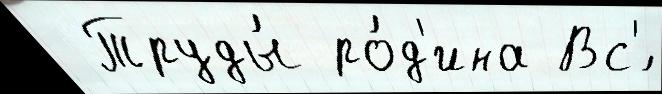
 Труды́ ро́д'ина Вс'́